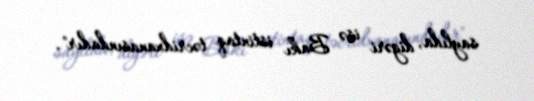
saylıda, digəri isə Bakı istintaq təcridxanasındadır".